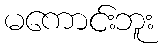
မကောင်းဘူး